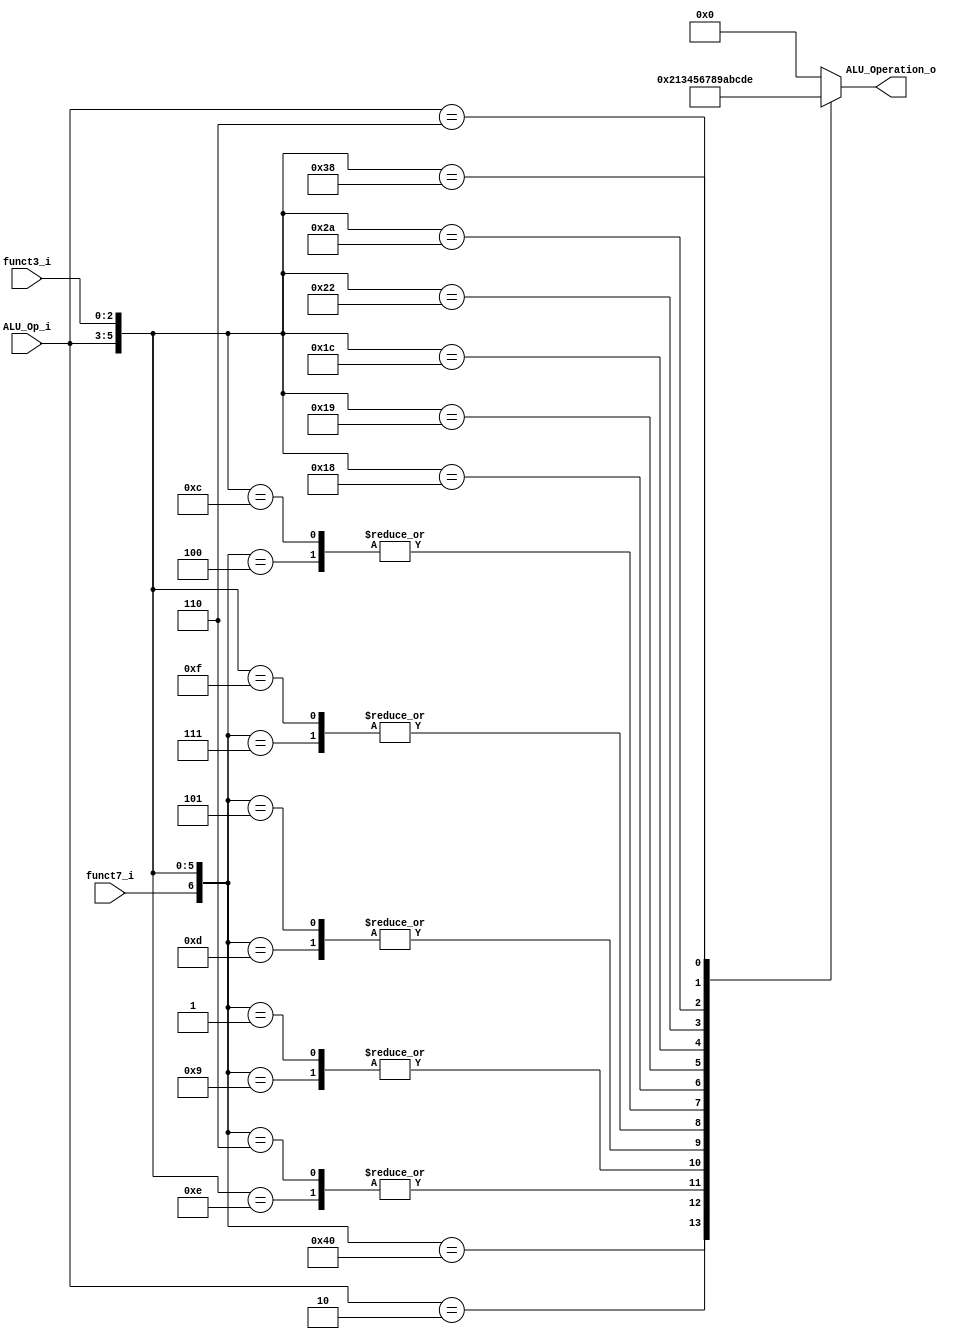
/******************************************************************
* Description
*	This is the control unit for the ALU. It receves a signal called 
*	ALUOp from the control unit and signals called funct7 and funct3  from
*	the instruction bus.
* Version:
*	1.0
* Author:
*	Dr. Jos Luis Pizano Escalante
* email:
*	luispizano@iteso.mx
* Date:
*	16/08/2021
******************************************************************/
module ALU_Control
(
	input funct7_i, 
	input [2:0] ALU_Op_i,
	input [2:0] funct3_i,
	

	output [3:0] ALU_Operation_o

);

localparam R_Type_ADD = 7'b0_000_000;
localparam I_Type_ADDI = 7'bx_001_000;

localparam U_Type_LUI =7'bx_010_xxx;
localparam I_Type_ORI = 7'bx_001_110;
localparam I_Type_SLLI = 7'b0_001_001;
localparam I_Type_SRLI = 7'b0_001_101;
localparam R_Type_SUB = 7'b1_000_000;

localparam R_Type_OR	= 7'b0_000_110;
localparam R_Type_SLL = 7'b0_000_001;
localparam R_Type_AND = 7'b0_000_111;
localparam R_Type_SRL = 7'b0_000_101;
localparam R_Type_XOR = 7'b0_000_100;
localparam I_Type_LOGIC_ANDI = 7'bx_001_111;
localparam I_Type_LOGIC_XORI = 7'bx_001_100;
localparam B_Type_BEQ = 7'bx_011_000;
localparam B_Type_BNE = 7'bx_011_001;
localparam B_Type_BLT = 7'bx_011_100;
localparam S_Type_SW = 7'bx_100_010;
localparam I_Type_L_LW = 7'bx_101_010;
localparam J_Type_JAL = 7'bx_110_xxx;
localparam I_Type_J_JALR = 7'bx_111_000;


reg [3:0] alu_control_values;
wire [6:0] selector;

assign selector = {funct7_i, ALU_Op_i, funct3_i};

always@(selector)begin
	casex(selector)
		R_Type_ADD: alu_control_values = 4'b0000;
		I_Type_ADDI: alu_control_values = 4'b0000;
		
		U_Type_LUI: alu_control_values = 4'b0010;
		I_Type_ORI: alu_control_values = 4'b0011;
		I_Type_SLLI: alu_control_values = 4'b0100;
		I_Type_SRLI: alu_control_values = 4'b0101;
		R_Type_SUB: alu_control_values = 4'b0001;
	
		R_Type_OR: alu_control_values = 4'b0011;
		R_Type_SLL: alu_control_values = 4'b0100;
		R_Type_SRL: alu_control_values = 4'b0101;
		R_Type_AND:	alu_control_values = 4'b0110;
		I_Type_LOGIC_ANDI: alu_control_values = 4'b0110;
		R_Type_XOR: alu_control_values = 4'b0111;
		I_Type_LOGIC_XORI: alu_control_values = 4'b0111;	
		B_Type_BEQ: alu_control_values = 4'b1000;	
		B_Type_BNE:	alu_control_values = 4'b1001;	
		B_Type_BLT:	alu_control_values = 4'b1010;	
		S_Type_SW: alu_control_values = 4'b1011;	
		I_Type_L_LW: alu_control_values = 4'b1100;	
		J_Type_JAL: alu_control_values = 4'b1101;	
		I_Type_J_JALR: alu_control_values = 4'b1110;

		default: alu_control_values = 4'b00_00;
	endcase
end


assign ALU_Operation_o = alu_control_values;



endmodule